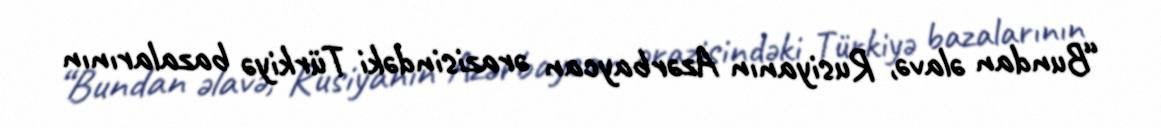
“Bundan əlavə, Rusiyanın Azərbaycan ərazisindəki Türkiyə bazalarının